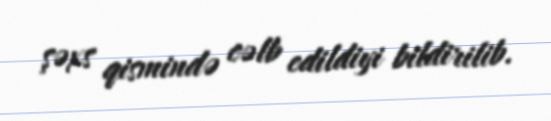
şəxs qismində cəlb edildiyi bildirilib.